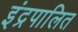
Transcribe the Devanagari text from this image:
इंद्रपालित